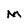
Character: M